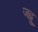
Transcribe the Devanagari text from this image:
जह्नु